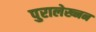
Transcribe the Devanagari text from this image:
पुरालेख्नन